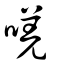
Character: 唴